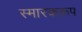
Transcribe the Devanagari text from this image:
स्मारकरूप